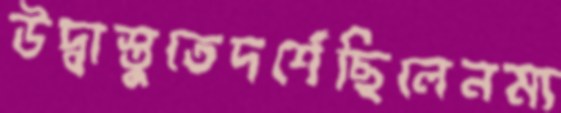
উদ্বাস্তুতেদর্শেছিলেনম্য